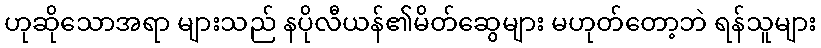
ဟုဆိုသောအရာ များသည် နပိုလီယန်၏မိတ်ဆွေများ မဟုတ်တော့ဘဲ ရန်သူများ